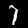
Label: 7